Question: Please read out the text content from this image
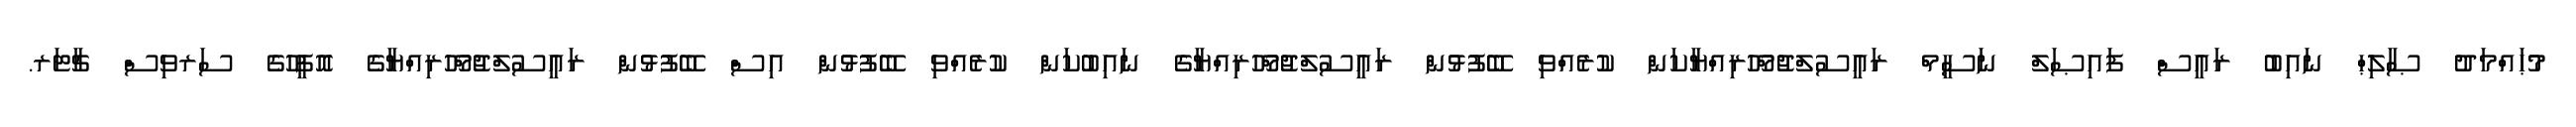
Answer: މުޙައްމަދު ޞާލިޙް ނައިބު ރައީސް ފައިޞަލް ނަސީމް ރައީސުލްޖުމްހޫރިއްޔާކަން ކުރެއްވި ބޭފުޅުން ރައީސުލްޖުމްހޫރިއްޔާގެ ނައިބުކަން ކުރެއްވި ބޭފުޅުން އިސް ބޭފުޅުން ރައީސުލްޖުމްހޫރިއްޔާގެ އޮފީހުގެ ސަރވިސް ޗާޓަރ.